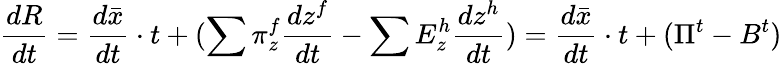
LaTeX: {\frac{dR}{dt}}={\frac{d{\bar{x}}}{dt}}\cdot t+(\sum\pi_{z}^{f}{\frac{dz^{f}}{dt}}-\sum E_{z}^{h}{\frac{dz^{h}}{dt}})={\frac{d{\bar{x}}}{dt}}\cdot t+(\Pi^{t}-B^{t})